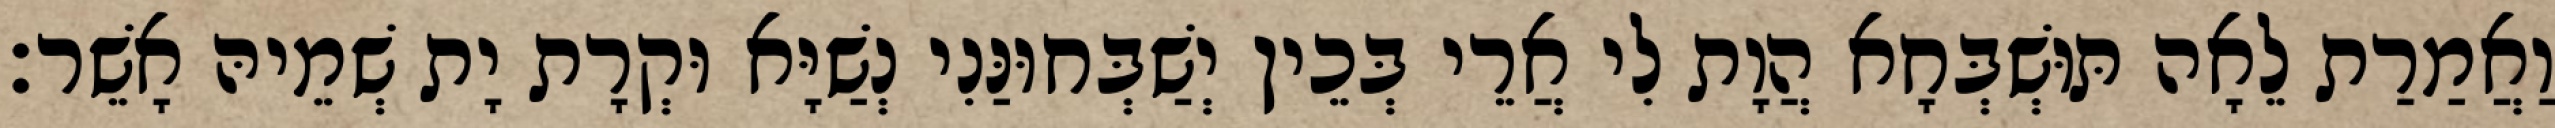
וַאֲמַרַת לֵאָה תּוּשְׁבְּחָא הֲוָת לִי אֲרֵי בְּכֵין יְשַׁבְּחוּנַּנִי נְשַׁיָּא וּקְרָת יָת שְׁמֵיהּ אָשֵׁר׃